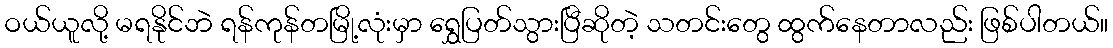
ဝယ်ယူလို့ မရနိုင်ဘဲ ရန်ကုန်တမြို့လုံးမှာ ရွှေပြတ်သွားပြီဆိုတဲ့ သတင်းတွေ ထွက်နေတာလည်း ဖြစ်ပါတယ်။